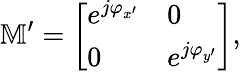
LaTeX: \mathbb{M}^{\prime}=\left[\begin{array}{ll}{e^{j\varphi_{x^{\prime}}}}&{0}\\ {0}&{e^{j\varphi_{y^{\prime}}}}\end{array}\right],